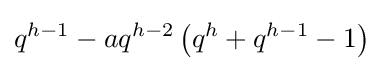
q^{h-1}-aq^{h-2}\left(q^{h}+q^{h-1}-1\right)